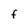
Character: F